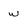
Character: w